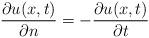
LaTeX: \begin{align*}\frac{\partial u(x,t)}{\partial n} = -\frac{\partial u(x,t)}{\partial t} \end{align*}